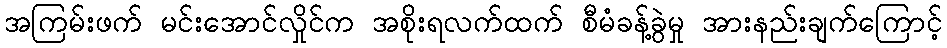
အကြမ်းဖက် မင်းအောင်လှိုင်က အစိုးရလက်ထက် စီမံခန့်ခွဲမှု အားနည်းချက်ကြောင့်